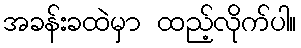
အခန်းခထဲမှာ ထည့်လိုက်ပါ။